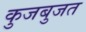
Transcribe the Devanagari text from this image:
कुजबुजत